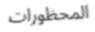
المحظورات